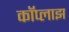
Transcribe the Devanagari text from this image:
कॉप्लाझ